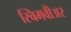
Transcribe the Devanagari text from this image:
स्विमवीअर